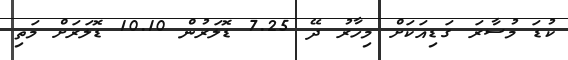
ކުޑަ މުސާރަ ގަޑިއަކަށް މިހާރު ދޭ 7.25 ޑޮލަރުން 10.10 ޑޮލަރަށް މަތި